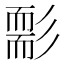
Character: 𦓘